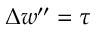
\Delta w ^ { \prime \prime } = \tau